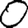
Digit: 0